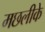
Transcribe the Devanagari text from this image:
मछलीके